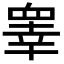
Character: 睾